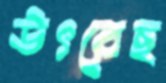
উৎরেছ